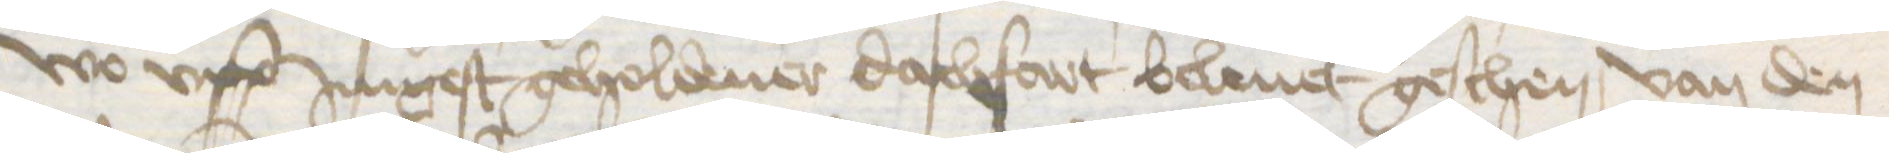
wo vpp Jungest geholdener dachfart beleuet geschen, van den